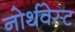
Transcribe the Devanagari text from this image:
नोर्थवेस्ट